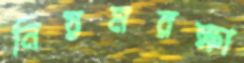
নিয়মরক্ষা